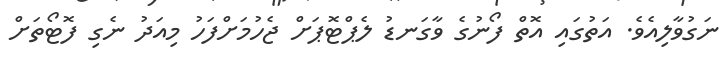
ނަގުވާލިއެވެ. އަތުގައި އޮތް ފޯނުގެ ވާގަނޑު ލެޕްޓޮޕަށް ޖެހުމަށްފަހު މިއަދު ނެގި ފޮޓޯތަށް